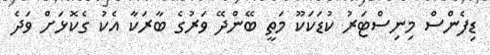
ޑިފެންސް މިނިސްޓަރު ކުޑަކަކޫ މަތީ ބޭންދޭ ވަރުގެ ބާރަކާ އެކު ގެކޮޅަށް ވަދެ